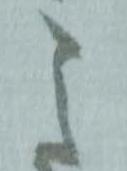
之